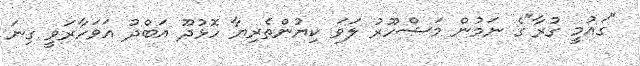
"ގައުމީ ގުރާ"ގެ ނަމުން މަޝްހޫރު ލަވަ ކިޔުންތެރިޔާ ހޮޅުދޫ އަބްދު އަވަހާރަވީ ގިނަ